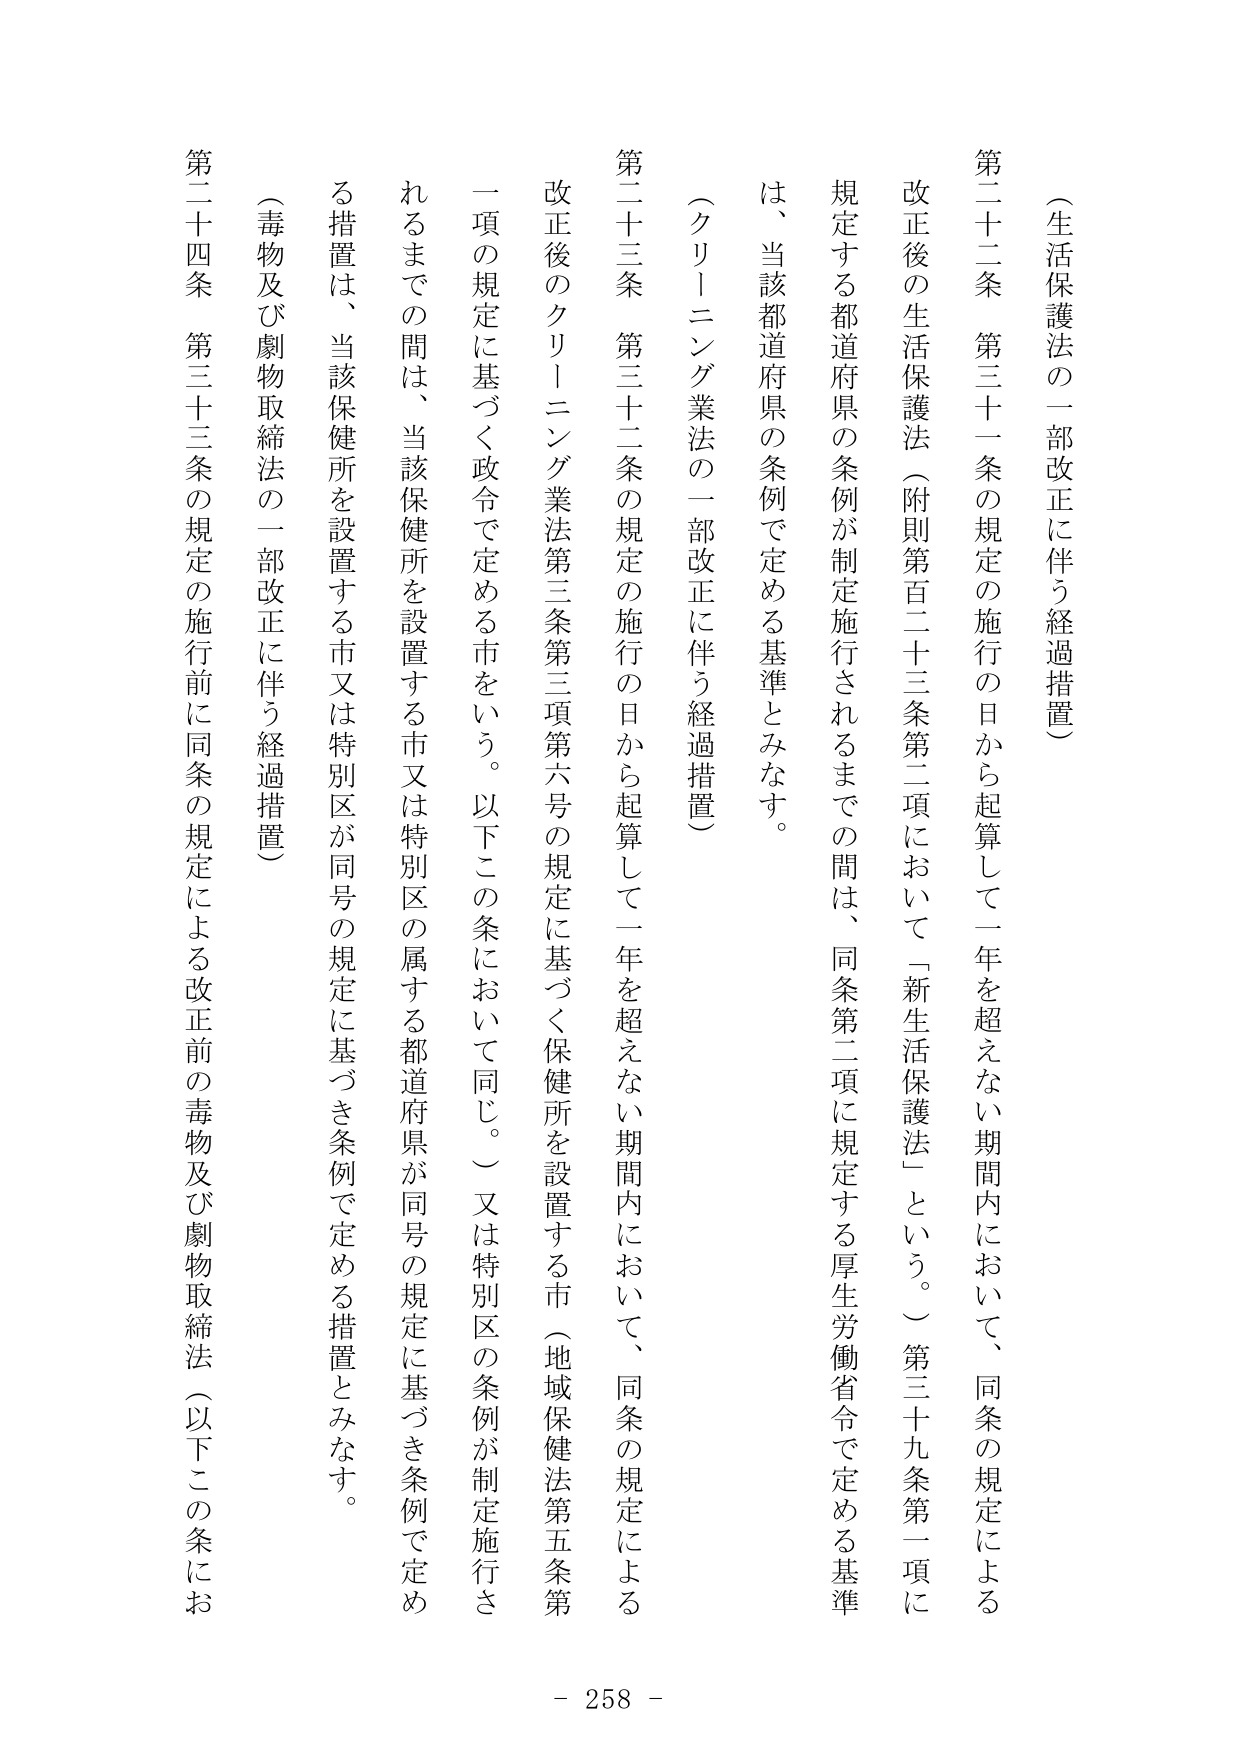
（生活保護法の一部改正に伴う経過措置）

第二十二条　第三十一条の規定の施行の日から起算して一年を超えない期間内において、同条の規定による改正後の生活保護法（附則第百二十三条第二項において「新生活保護法」という。）第三十九条第一項に規定する都道府県の条例が制定施行されるまでの間は、同条第二項に規定する厚生労働省令で定める基準は、当該都道府県の条例で定める基準とみなす。

（クリーニング業法の一部改正に伴う経過措置）

第二十三条　第三十二条の規定の施行の日から起算して一年を超えない期間内において、同条の規定による改正後のクリーニング業法第三条第三項第六号の規定に基づく保健所を設置する市（地域保健法第五条第一項の規定に基づく政令で定める市をいう。以下この条において同じ。）又は特別区の条例が制定施行されるまでの間は、当該保健所を設置する市又は特別区の属する都道府県が同号の規定に基づき条例で定める措置は、当該保健所を設置する市又は特別区が同号の規定に基づき条例で定める措置とみなす。

（毒物及び劇物取締法の一部改正に伴う経過措置）

第二十四条　第三十三条の規定の施行前に同条の規定による改正前の毒物及び劇物取締法（以下この条にお

- 258 -